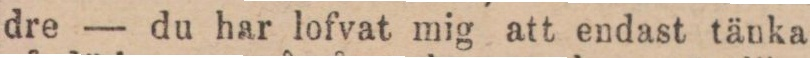
dre — du har lofvat mig att endast tänka